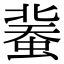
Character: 𧎕